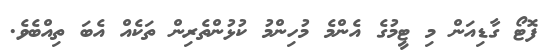
ފޮޓޯ ގާޑިއަން މި ޓީމުގެ އެންމެ މުހިންމު ކުޅުންތެރިން ތަކެއް އެބަ ތިއްބެވެ.